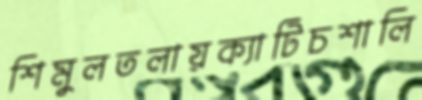
শিমুলতলায়ক্যাটিচশালি